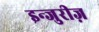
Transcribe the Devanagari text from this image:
इन्जुरीज़